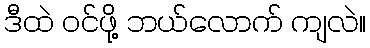
ဒီထဲ ဝင်ဖို့ ဘယ်လောက် ကျလဲ။